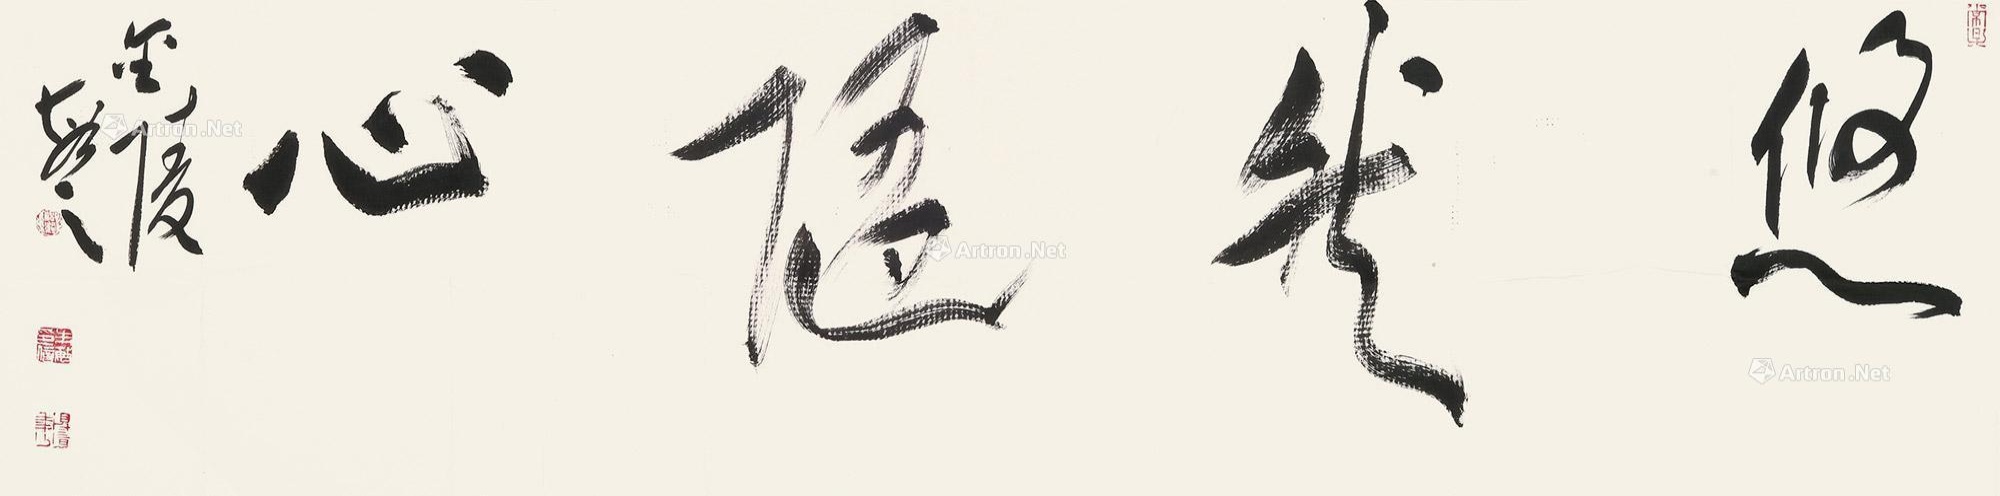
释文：悠然随心。金陵，敏之。